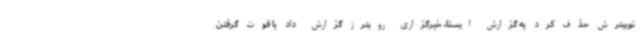
توییترش حذف کرد به گزارش ایسنا، خبرگزاری رویترز گزارش داد با قوت گرفتن